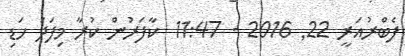
ފެބްރުއަރީ 22